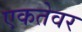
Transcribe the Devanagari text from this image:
एकतेवर